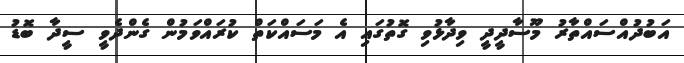
އަބުދުއްސައްތާރު މޫސާދީދީ ވިދާޅުވި ގޮތުގައި އެ މަސައްކަތް ކުރައްވަމުން ގެންދެވީ ސީދާ ބޮޑު